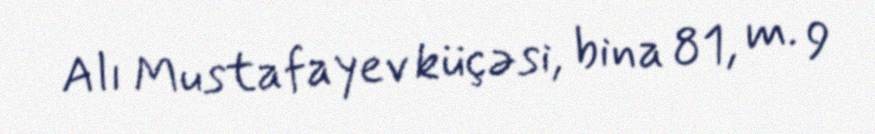
Alı Mustafayev küçəsi, bina 81, m. 9